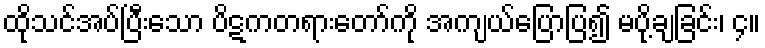
ထိုသင်အပ်ပြီးသော ပိဋကတရားတော်ကို အကျယ်ပြောပြ၍ မပို့ချခြင်း၊ ၄။